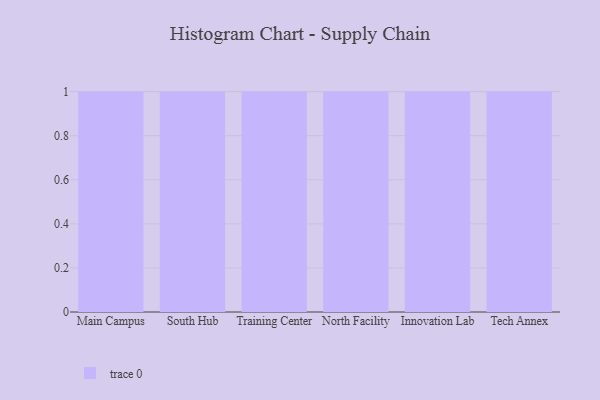
{"axis": {"x": "Campus", "y": "Backlog"}, "legend": [""], "data": [{"x": "Main Campus", "y": 18, "type": ""}, {"x": "South Hub", "y": 18, "type": ""}, {"x": "Training Center", "y": 100, "type": ""}, {"x": "North Facility", "y": 44, "type": ""}, {"x": "Innovation Lab", "y": 79, "type": ""}, {"x": "Tech Annex", "y": 8, "type": ""}]}